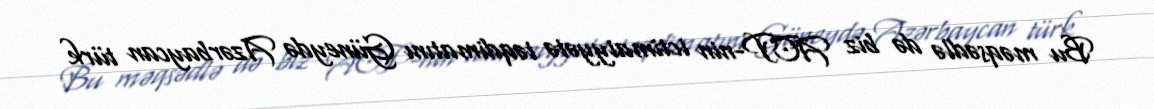
Bu məqsədlə də biz ACP-nin ictimaiyyətə təqdimatını Güneydə Azərbaycan türk